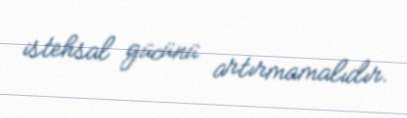
istehsal gücünü artırmamalıdır.